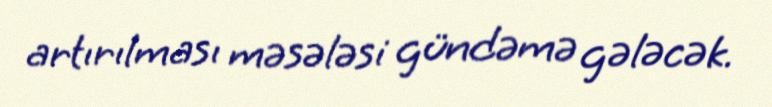
artırılması məsələsi gündəmə gələcək.